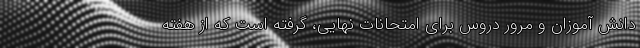
دانش آموزان و مرور دروس برای امتحانات نهایی، گرفته است که از هفته